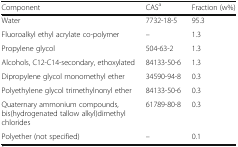
| Component | CASa | Fraction (w%) |
 | --- | --- | --- |
 | Water | 7732-18-5 | 95.3 |
 | Fluoroalkyl ethyl acrylate co-polymer | – | 1.3 |
 | Propylene glycol | 504-63-2 | 1.3 |
 | Alcohols, C12-C14-secondary, ethoxylated | 84133-50-6 | 1.3 |
 | Dipropylene glycol monomethyl ether | 34590-94-8 | 0.3 |
 | Polyethylene glycol trimethylnonyl ether | 84133-50-6 | 0.3 |
 | Quaternary ammonium compounds, bis(hydrogenated tallow alkyl)dimethyl chlorides | 61789-80-8 | 0.3 |
 | Polyether (not specified) | – | 0.1 |